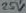
Text: 25v